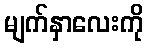
မျက်နှာလေးကို